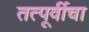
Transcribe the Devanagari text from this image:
तत्पूर्वीचा